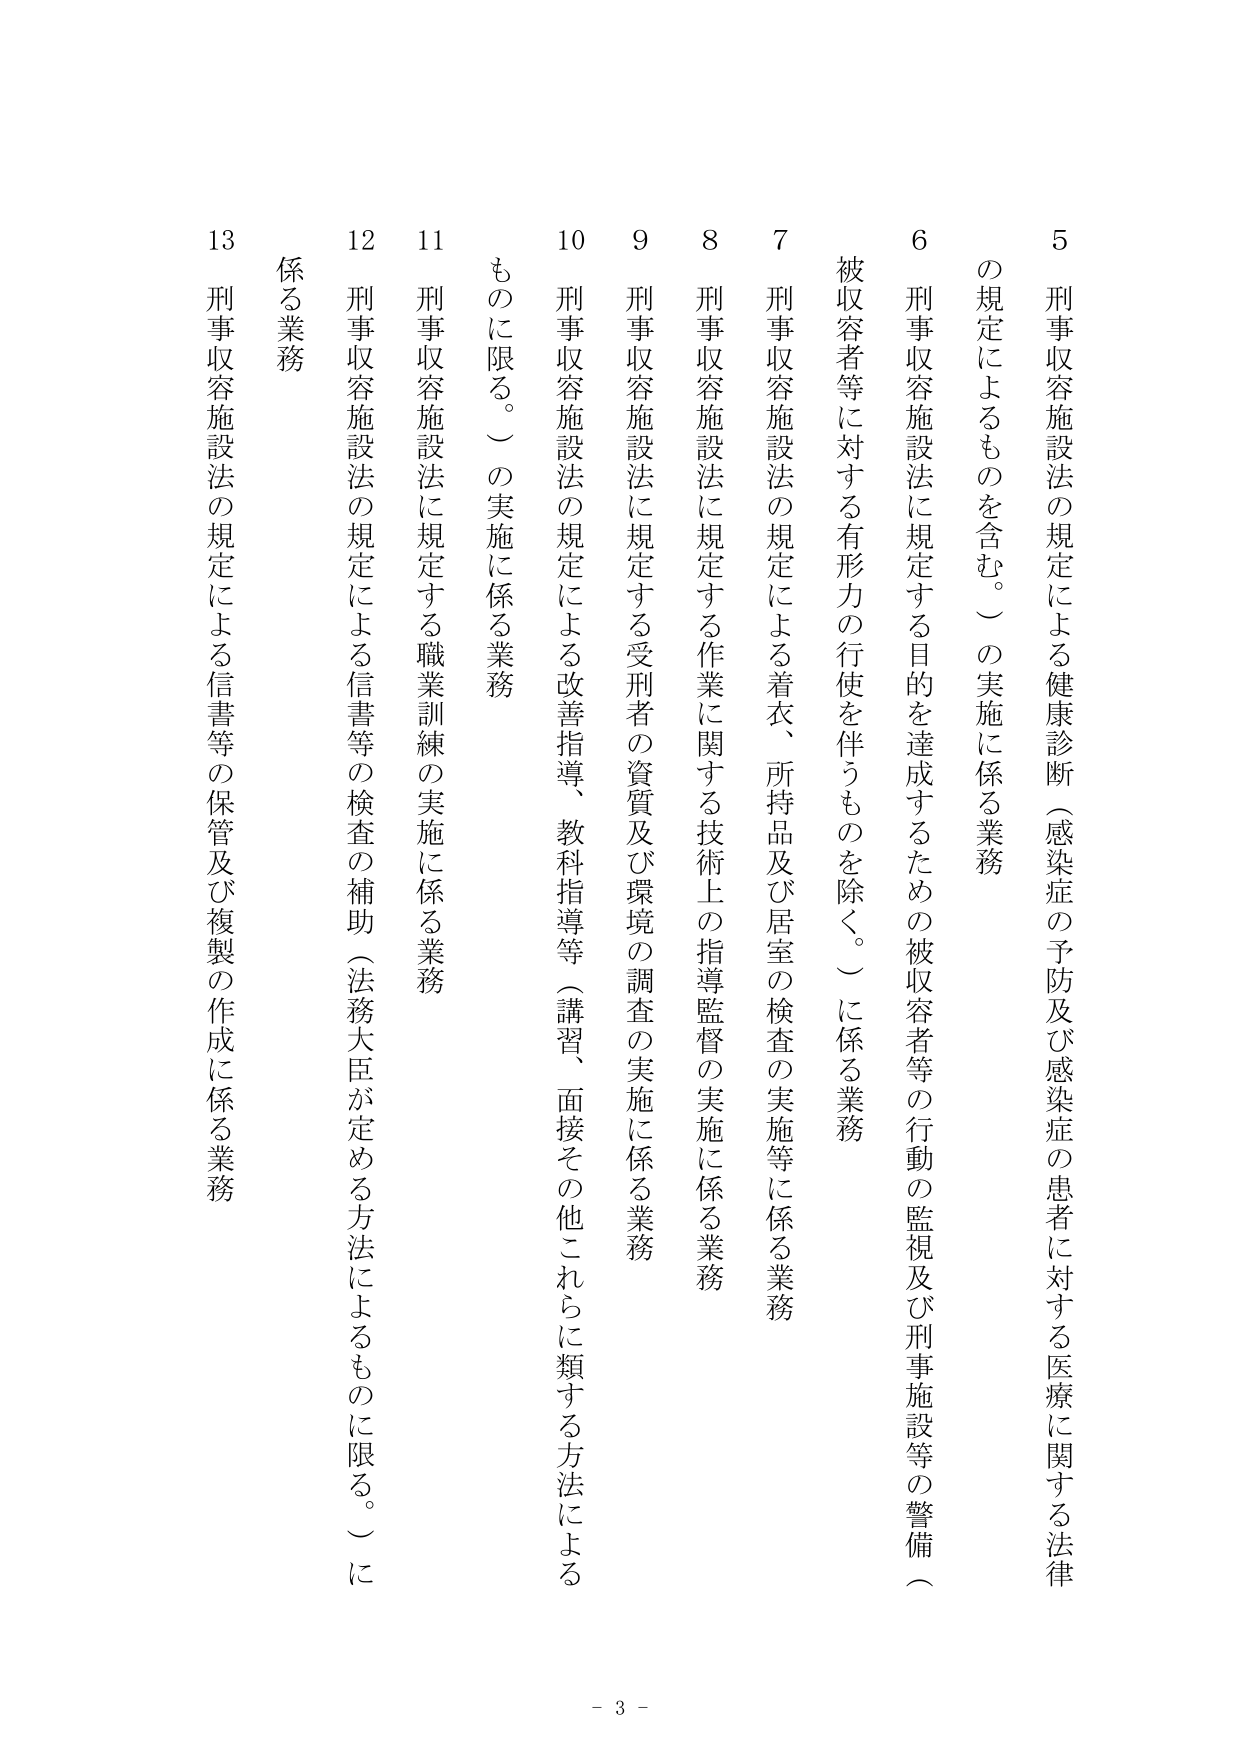
5 刑事収容施設法の規定による健康診断（感染症の予防及び感染症の患者に対する医療に関する法律の規定によるものを含む。）の実施に係る業務

6 刑事収容施設法に規定する目的を達成するための被収容者等の行動の監視及び刑事施設等の警備（被収容者等に対する有形力の行使を伴うものを除く。）に係る業務

7 刑事収容施設法の規定による着衣、所持品及び居室の検査の実施等に係る業務

8 刑事収容施設法に規定する作業に関する技術上の指導監督の実施に係る業務

9 刑事収容施設法に規定する受刑者の資質及び環境の調査の実施に係る業務

10 刑事収容施設法の規定による改善指導、教科指導等（講習、面接その他これらに類する方法によるものに限る。）の実施に係る業務

11 刑事収容施設法に規定する職業訓練の実施に係る業務

12 刑事収容施設法の規定による信書等の検査の補助（法務大臣が定める方法によるものに限る。）に係る業務

13 刑事収容施設法の規定による信書等の保管及び複製の作成に係る業務

- 3 -